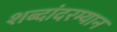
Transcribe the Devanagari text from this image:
शब्दांदरम्यान